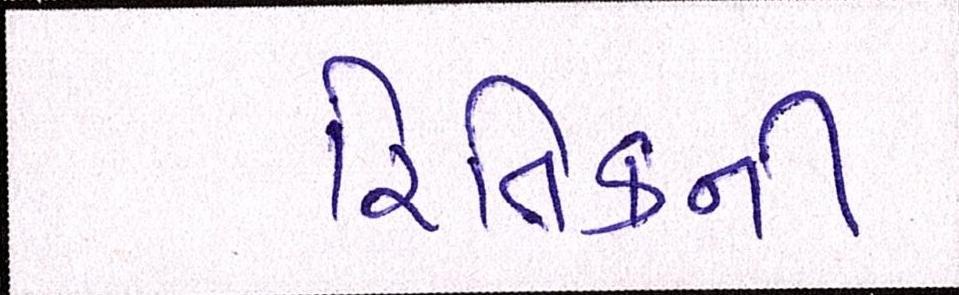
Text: રિતિકની